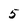
Character: 5